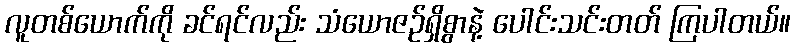
လူတစ်ယောက်ကို ခင်ရင်လည်း သံယောဇဉ်ရှိစွာနဲ့ ပေါင်းသင်းတတ် ကြပါတယ်။